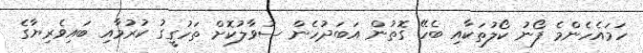
ހަމައެހެންމެ ފޯނު ކޯލުތަކާއި ބެހޭ ގޮތުން އަބަދުހެން ސުވާލުކޮށް ތަހުގީގު ކުރުމާއި ބައިވެރިޔާގެ